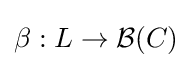
\beta :L\to {\mathcal {B}}(C)